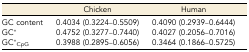
|  | Chicken | Human |
 | --- | --- | --- |
 | GC content | 0.4034 (0.3224–0.5509) | 0.4090 (0.2939–0.6444) |
 | GC* | 0.4752 (0.3277–0.7440) | 0.4027 (0.2056–0.7016) |
 | GC*CpG | 0.3988 (0.2895–0.6056) | 0.3464 (0.1866–0.5725) |